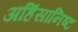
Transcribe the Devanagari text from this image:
अहिंसानिष्ट